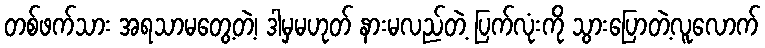
တစ်ဖက်သား အရသာမတွေ့တဲ့၊ ဒါမှမဟုတ် နားမလည်တဲ့ ပြက်လုံးကို သွားပြောတဲ့လူလောက်